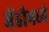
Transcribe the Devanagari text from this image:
मेंढीमध्ये